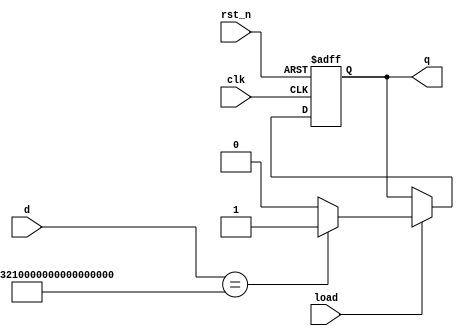
module check_cube (
    input wire clk,
    input wire rst_n,
    input wire load,
    input wire [120 - 1:0] d,
    output reg q
  );

  reg [120 - 1:0] correct_cube;

  always @(posedge clk, negedge rst_n) begin
    if (!rst_n) q <= 0;
    else if (load) begin
      if (d == correct_cube) q <= 1;
      else q <= 0;
    end
  end

  initial begin
    correct_cube = {
      12'd0,
      4'd11, 4'd10, 4'd9, 4'd8, 4'd7, 4'd6, 4'd5, 4'd4, 4'd3, 4'd2, 4'd1, 4'd0,
      24'd0,
      3'd7, 3'd6, 3'd5, 3'd4, 12'd0, 3'd3, 3'd2, 3'd1, 3'd0
    };
  end
  
endmodule